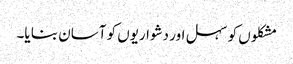
مشکلوں کو سہل اور دشواریوں کو آسان بنا یا۔